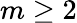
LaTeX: m\ge 2